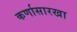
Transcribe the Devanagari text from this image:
कर्णासारखा